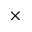
\times